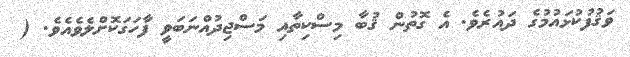
ވަޤުފުކުޅައުމުގެ ދައުރެވެ. އެ ގޮތުން ޤުބާ މިސްކިތާއި މަސްޖިދުއްނަބަވީ ފާހަގަކޮށްލެވެއެވެ. (